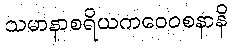
သမာနာစရိယကဝေဝစနာနိ